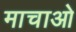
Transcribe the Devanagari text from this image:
माचाओ